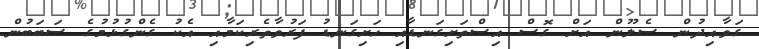
ގަވާއިދުން ސެލޫން އަށް ގޮސް އިސްތަށިގަނޑާއި ހަށިގަނޑު ފަރުވާތެރިކަމާއި އެކު ގެންގުޅުމުގެ ސަބަބުން